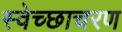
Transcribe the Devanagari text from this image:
स्वेच्छाचरण